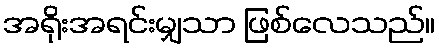
အရိုးအရင်းမျှသာ ဖြစ်လေသည်။